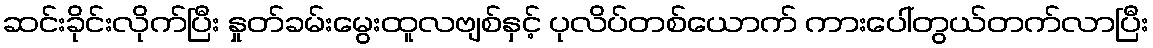
ဆင်းခိုင်းလိုက်ပြီး နှုတ်ခမ်းမွေးထူလဗျစ်နှင့် ပုလိပ်တစ်ယောက် ကားပေါ်တွယ်တက်လာပြီး